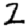
Digit: 2